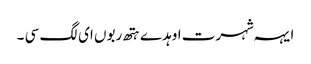
ایہہ شہرت اوہد ے ہتھ ربوں ای لگ سی ۔